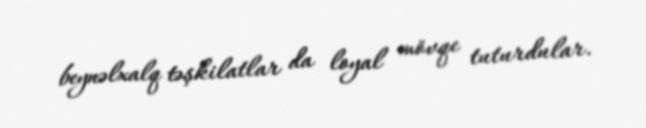
beynəlxalq təşkilatlar da loyal mövqe tuturdular.